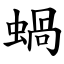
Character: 蝸